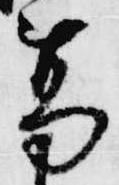
葛